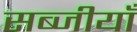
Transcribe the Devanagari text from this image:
सब्जीयाँ